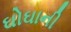
ઘોઘાની